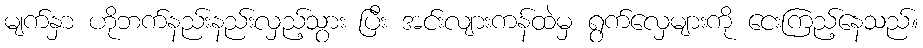
မျက်နှာ ဟိုဘက်နည်းနည်းလှည့်သွား ပြီး အင်းလျားကန်ထဲမှ ရွက်လှေများကို ငေးကြည့်နေသည်။